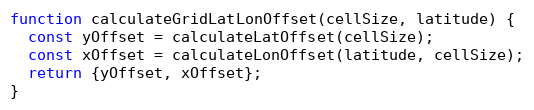
Language: JavaScript
function calculateGridLatLonOffset(cellSize, latitude) {
  const yOffset = calculateLatOffset(cellSize);
  const xOffset = calculateLonOffset(latitude, cellSize);
  return {yOffset, xOffset};
}